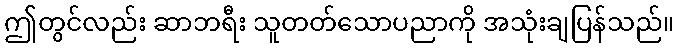
ဤတွင်လည်း ဆာဘရီး သူတတ်သောပညာကို အသုံးချပြန်သည်။